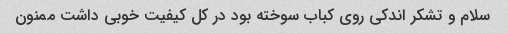
سلام و تشکر اندکی روی کباب سوخته بود در کل کیفیت خوبی داشت ممنون